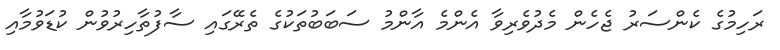
ރަހިމުގެ ކެންސަރު ޖެހެން މެދުވެރިވާ އެންމެ އާންމު ސަބަބުތަކުގެ ތެރޭގައި ސާފުތާހިރުވުން ކުޑަވުމާއި